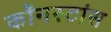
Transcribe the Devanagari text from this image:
कॉनस्टांस